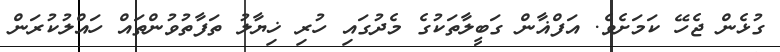
ގުޅެން ޖެހޭ ކަމަށެވެ. އަފްޣާން ގަބީލާތަކުގެ މެދުގައި ހުރި ޚިޔާލު ތަފާތުވުންތައް ހައްލުކުރަން